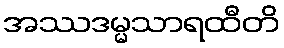
အဿဒမ္မသာရထီတိ